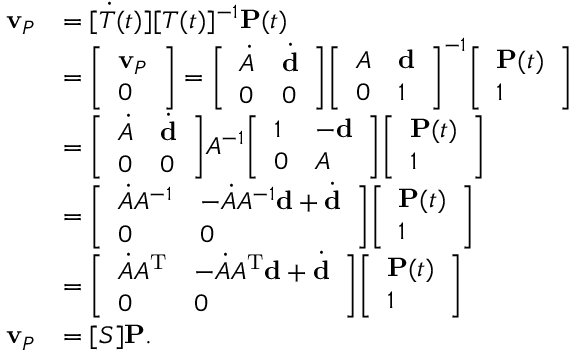
{ \begin{array} { r l } { \mathbf { v } _ { P } } & { = [ { \dot { T } } ( t ) ] [ T ( t ) ] ^ { - 1 } \mathbf { P } ( t ) } \\ & { = { \left[ \begin{array} { l } { \mathbf { v } _ { P } } \\ { 0 } \end{array} \right] } = { \left[ \begin{array} { l l } { { \dot { A } } } & { { \dot { \mathbf { d } } } } \\ { 0 } & { 0 } \end{array} \right] } { \left[ \begin{array} { l l } { A } & { \mathbf { d } } \\ { 0 } & { 1 } \end{array} \right] } ^ { - 1 } { \left[ \begin{array} { l } { \mathbf { P } ( t ) } \\ { 1 } \end{array} \right] } } \\ & { = { \left[ \begin{array} { l l } { { \dot { A } } } & { { \dot { \mathbf { d } } } } \\ { 0 } & { 0 } \end{array} \right] } A ^ { - 1 } { \left[ \begin{array} { l l } { 1 } & { - \mathbf { d } } \\ { 0 } & { A } \end{array} \right] } { \left[ \begin{array} { l } { \mathbf { P } ( t ) } \\ { 1 } \end{array} \right] } } \\ & { = { \left[ \begin{array} { l l } { { \dot { A } } A ^ { - 1 } } & { - { \dot { A } } A ^ { - 1 } \mathbf { d } + { \dot { \mathbf { d } } } } \\ { 0 } & { 0 } \end{array} \right] } { \left[ \begin{array} { l } { \mathbf { P } ( t ) } \\ { 1 } \end{array} \right] } } \\ & { = { \left[ \begin{array} { l l } { { \dot { A } } A ^ { \mathrm { T } } } & { - { \dot { A } } A ^ { \mathrm { T } } \mathbf { d } + { \dot { \mathbf { d } } } } \\ { 0 } & { 0 } \end{array} \right] } { \left[ \begin{array} { l } { \mathbf { P } ( t ) } \\ { 1 } \end{array} \right] } } \\ { \mathbf { v } _ { P } } & { = [ S ] \mathbf { P } . } \end{array} }